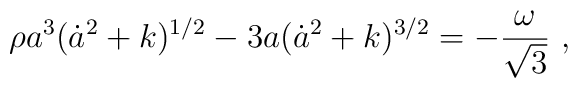
\rho a^{3}(\dot{a}^{2}+k)^{1/2}-    3a(\dot{a}^{2}+k)^{3/2}=-\frac{\omega}{\sqrt{3}} ~,